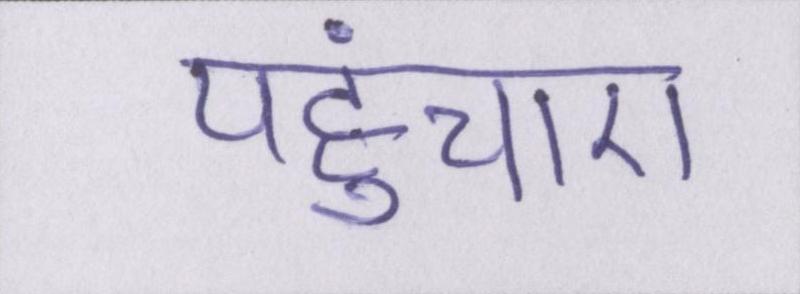
पहुंचाए